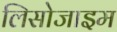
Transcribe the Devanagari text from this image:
लिसोजाइम